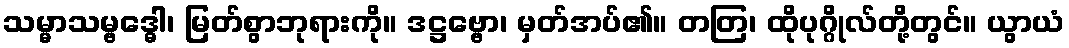
သမ္မာသမ္ဗဒ္ဓေါ၊ မြတ်စွာဘုရားကို။ ဒဋ္ဌဗ္ဗော၊ မှတ်အပ်၏။ တတြ၊ ထိုပုဂ္ဂိုလ်တို့တွင်။ ယွာယံ